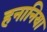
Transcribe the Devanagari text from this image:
हनानिया